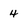
Character: 4